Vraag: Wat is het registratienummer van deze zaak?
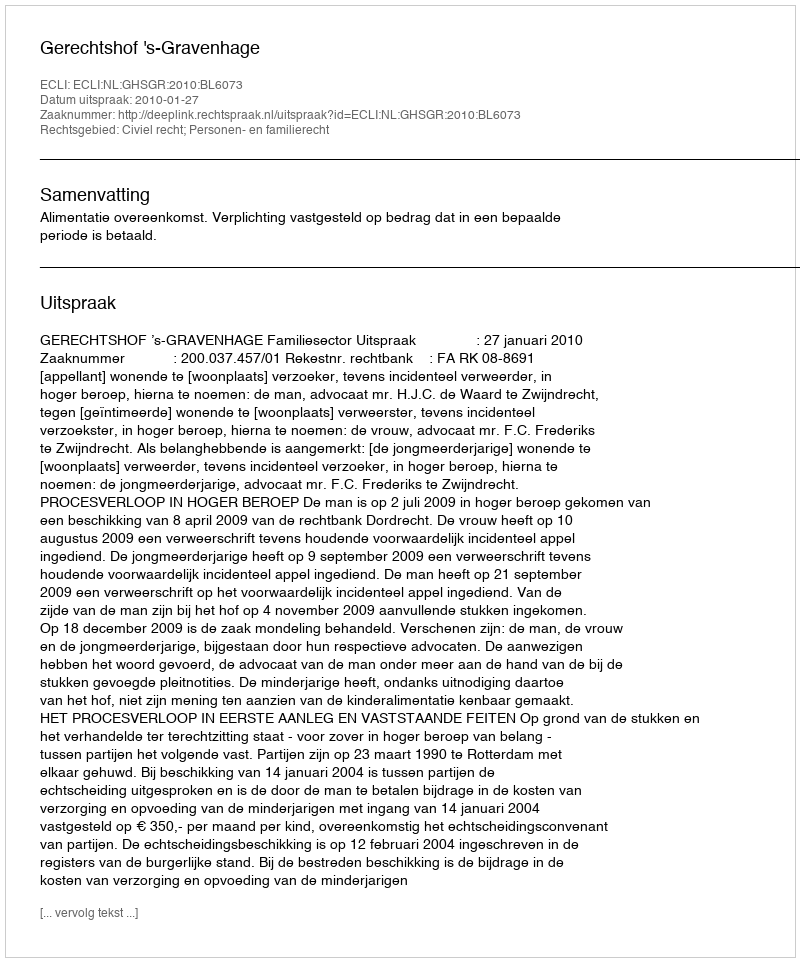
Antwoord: http://deeplink.rechtspraak.nl/uitspraak?id=ECLI:NL:GHSGR:2010:BL6073